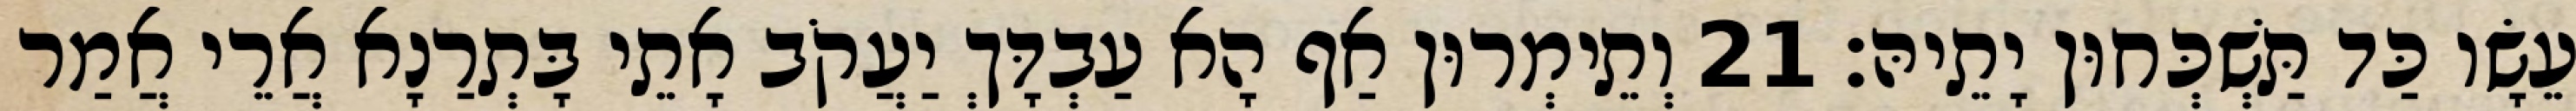
עֵשָׂו כַּד תַּשְׁכְּחוּן יָתֵיהּ׃ 21 וְתֵימְרוּן אַף הָא עַבְדָּךְ יַעֲקֹב אָתֵי בָּתְרַנָא אֲרֵי אֲמַר